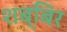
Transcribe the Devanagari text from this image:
शब्बिर